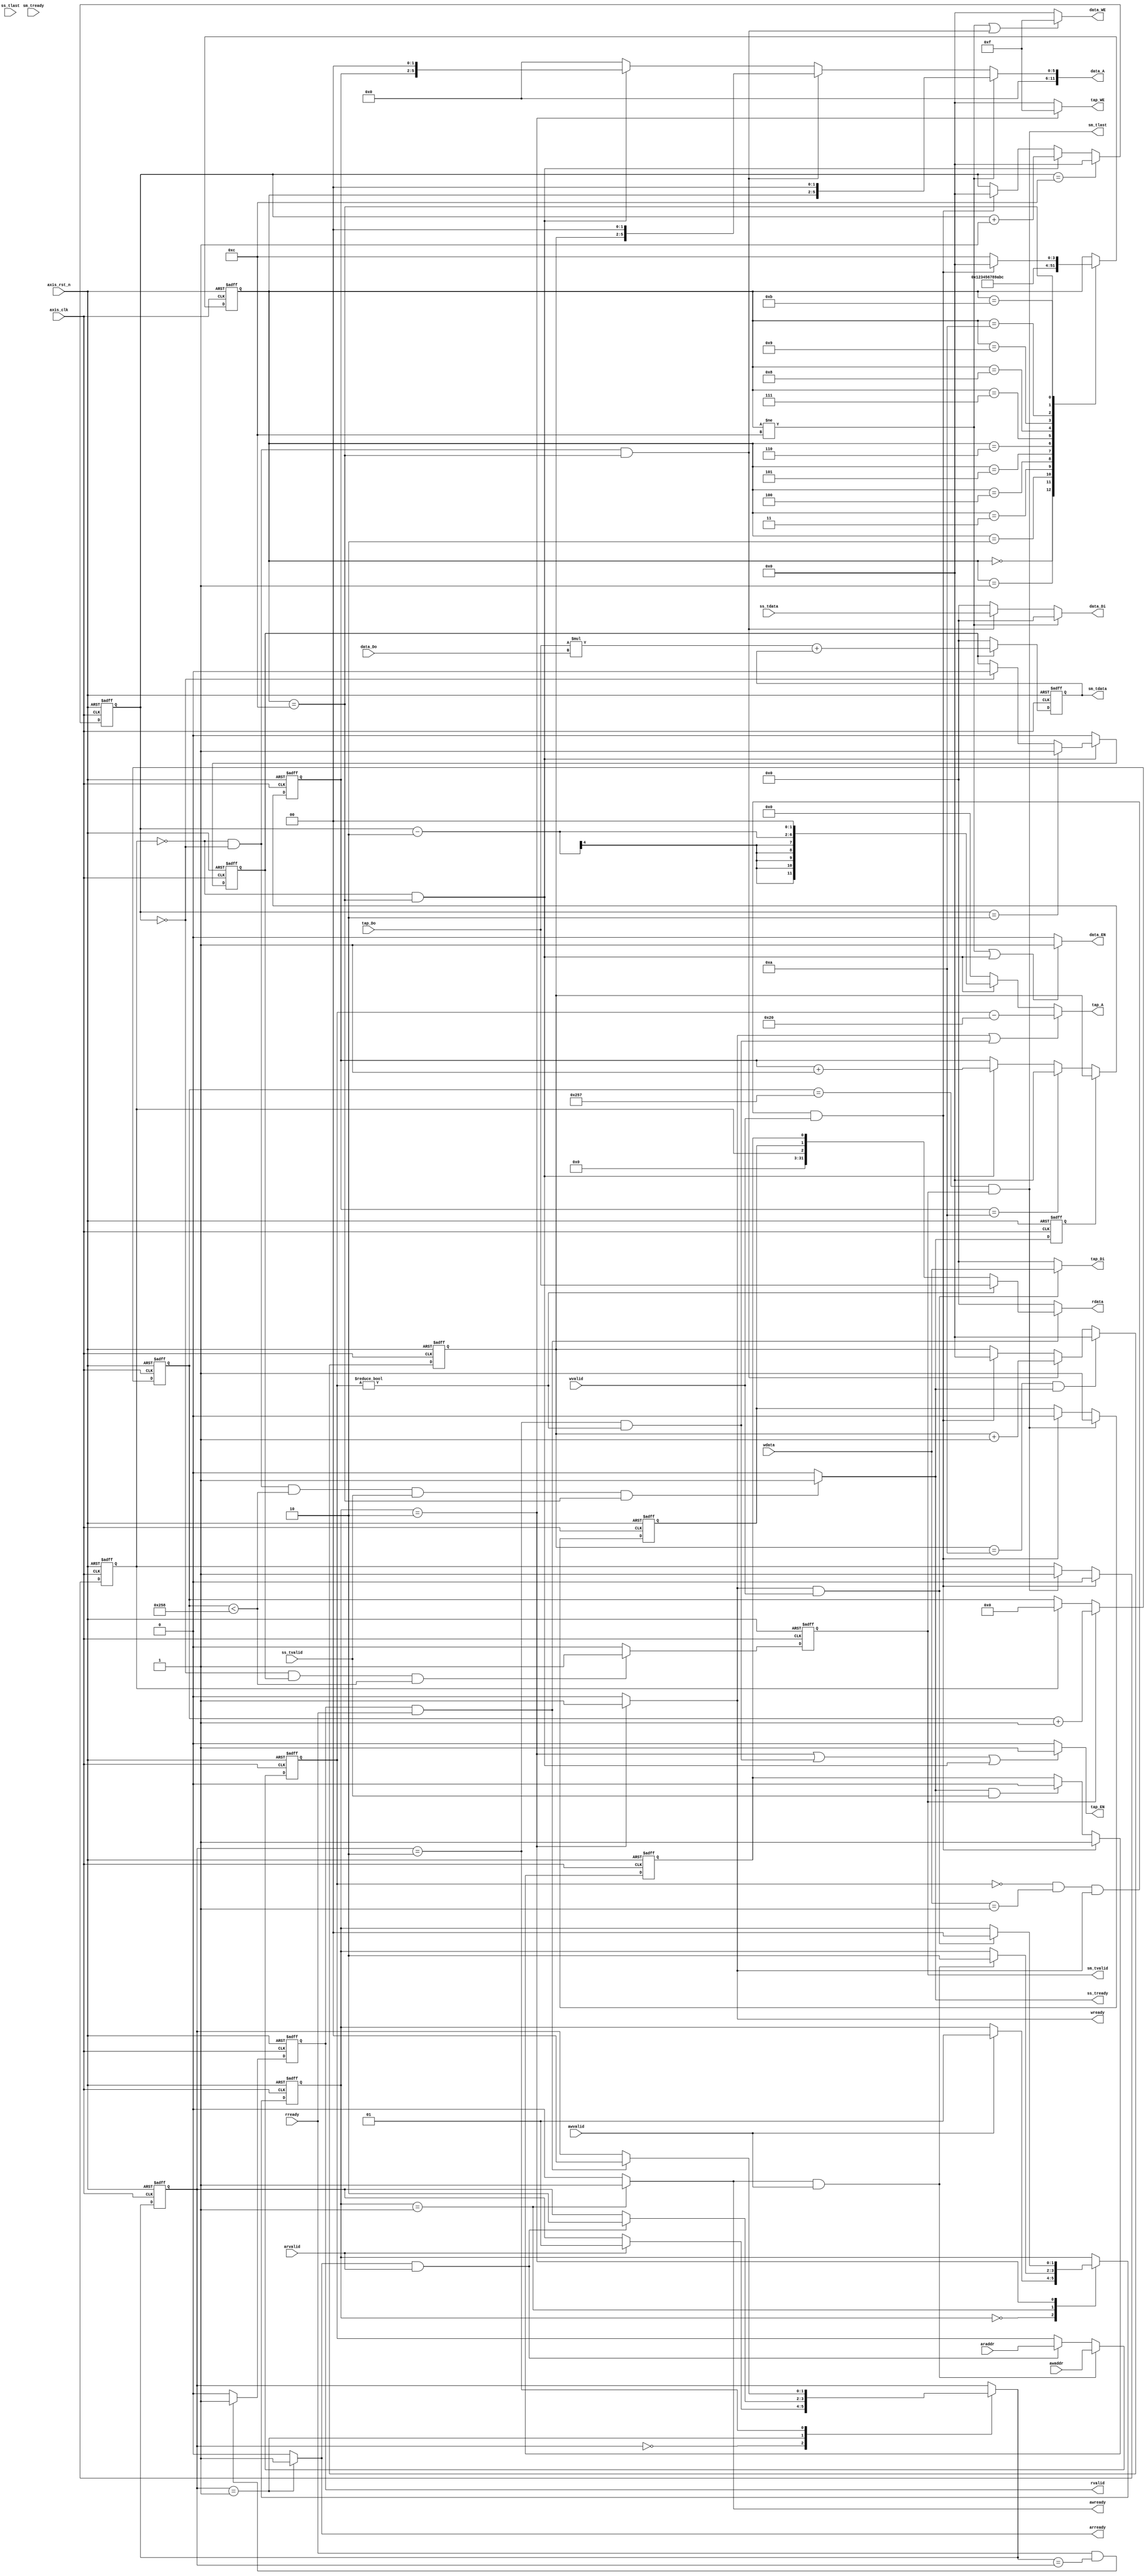
`timescale 1ns / 1ps

module fir 
#(  parameter pADDR_WIDTH = 12,
    parameter pDATA_WIDTH = 32,
    parameter Tape_Num    = 11
)
(
    // AXI-lite write
    output  reg                      awready,
    output  reg                      wready,
    input   wire                     awvalid,
    input   wire [(pADDR_WIDTH-1):0] awaddr,
    input   wire                     wvalid,
    input   wire [(pDATA_WIDTH-1):0] wdata,
	
	// AXI-lite read
    input   wire                     arvalid,
    output  reg                      arready,
    input   wire [(pADDR_WIDTH-1):0] araddr,
    output  reg                      rvalid,
    input   wire                     rready,
    output  reg  [(pDATA_WIDTH-1):0] rdata,    

    // AXI-stream -- input from testbench
    input   wire                     ss_tvalid, 
    input   wire [(pDATA_WIDTH-1):0] ss_tdata, 
    input   wire                     ss_tlast, 
    output  reg                      ss_tready, 

    // AXI-stream -- output to testbench
    input   wire                     sm_tready, 
    output  reg                      sm_tvalid, 
    output  reg  [(pDATA_WIDTH-1):0] sm_tdata, 
    output  reg                      sm_tlast, 
    
    // bram for tap RAM
    output  reg  [3:0]               tap_WE,
    output  reg                      tap_EN,
    output  reg  [(pDATA_WIDTH-1):0] tap_Di,
    output  reg  [(pADDR_WIDTH-1):0] tap_A,
    input   wire [(pDATA_WIDTH-1):0] tap_Do,

    // bram for data RAM
    output  reg  [3:0]               data_WE,
    output  reg                      data_EN,
    output  reg  [(pDATA_WIDTH-1):0] data_Di,
    output  reg  [(pADDR_WIDTH-1):0] data_A,
    input   wire [(pDATA_WIDTH-1):0] data_Do,

    input   wire                     axis_clk,
    input   wire                     axis_rst_n
);
// ===============================================
// variables declaratioin
// block level protocol
reg ap_start;
reg ap_idle;
reg ap_done;

reg [9:0] data_length;
reg [11:0] addrTap;

// for AXI-Lite control fsm
reg [1:0] axilr_c_state, axilr_n_state;
localparam  AXILR_IDLE   = 0,
            AXILR_A      = 1,
			AXILR_D		 = 2;

// axi write
reg [1:0] axilw_c_state, axilw_n_state;
localparam  AXILW_IDLE   = 0,
            AXILW_A      = 1,
			AXILW_D		 = 2;

// counter
reg [3:0] save_cnt_c, save_cnt_n;
reg [3:0] get_cnt_c, get_cnt_n;
reg [3:0] cnt_c, cnt_n;
reg [9:0] ans_cnt;

// for FIR calculate
reg ss_tready_d1;
reg signed [31:0] mac_c, mac_n;
reg signed [15:0] tap_Do_c, data_Do_c;
reg cal_valid;

// data bram reset
reg [3:0] dbr_c, dbr_n;
localparam 	DBR_0	= 0,
			DBR_1	= 1,
			DBR_2	= 2,
			DBR_3	= 3,
			DBR_4	= 4,
			DBR_5	= 5,
			DBR_6	= 6,
			DBR_7	= 7,
			DBR_8	= 8,
            DBR_9	= 9,
			DBR_10	= 10,
			DBR_11	= 11,
			DBR_IDLE= 12;
			
// ===============================================
// AXI-Lite FSM
always@(posedge axis_clk or negedge axis_rst_n) begin
	if(!axis_rst_n) begin
		axilr_c_state <= AXILR_IDLE;
		axilw_c_state <= AXILW_IDLE;
	end else begin
		axilr_c_state <= axilr_n_state;
		axilw_c_state <= axilw_n_state;
	end
end

always@(*) begin
	// default
	axilw_n_state = axilw_c_state;
	axilr_n_state = axilr_c_state;
	
	// write part
	case(axilw_c_state)
		AXILW_IDLE: if(awvalid == 1) 					axilw_n_state = AXILW_A;
		AXILW_A: 	if(awready == 1 && awvalid == 1)	axilw_n_state = AXILW_D;
		AXILW_D: 	if(wready == 1 && wvalid == 1)		axilw_n_state = AXILW_IDLE;
	endcase
	
	// read part
	case(axilr_c_state)
		AXILR_IDLE:	if(arvalid == 1)					axilr_n_state = AXILR_A;
		AXILR_A:	if(arready == 1 && arvalid == 1)	axilr_n_state = AXILR_D;
		AXILR_D:	if(rvalid == 1 && rready == 1)		axilr_n_state = AXILR_IDLE;
	endcase
end

// AXI-Lite write
always@(*) begin
	awready 	= (axilw_c_state == AXILW_A) ? 1 : 0;
	wready		= (axilw_c_state == AXILW_D) ? 1 : 0;
end

// AXI-Lite read
always@(*) begin
	arready 	= (axilr_c_state == AXILW_A) ? 1 : 0;
	
	// rdata
	if(rready == 1 && rvalid == 1) begin
		if(addrTap != 0) 	rdata = tap_Do;
		else				rdata = {29'b0, ap_idle, ap_done, ap_start};
	end
	else					rdata = 0;
end
always@(posedge axis_clk or negedge axis_rst_n) begin
	if(!axis_rst_n)		rvalid <= 0;
	else begin
		if(rready == 1 && axilr_n_state == axilr_c_state)	
						rvalid <= 1;
		else 			rvalid <= 0;
	end
end

// data_length
always@(posedge axis_clk or negedge axis_rst_n) begin
	if(!axis_rst_n)											data_length <= 0;
	else if(wready == 1 && wvalid == 1 && addrTap == 'h10)	data_length <= wdata;
	else													data_length <= data_length;
end

// tap bram
always@(posedge axis_clk or negedge axis_rst_n) begin
	if(!axis_rst_n) 							addrTap <= 0;
	else begin
		if(awready == 1 && awvalid == 1) 		addrTap <= awaddr;
		else if(arready == 1 && arvalid == 1)	addrTap <= araddr;
	end
end

always@(*) begin
	tap_WE = (axilw_c_state == AXILW_D)	? 4'b1111 : 4'b0000;
	
	tap_EN = ((axilw_c_state == AXILW_D)
			||(axilr_c_state == AXILR_D && addrTap != 0)
			||(ap_idle == 0 && dbr_c == DBR_IDLE)) ? 1 : 0;
			
	tap_Di = (wready == 1 && wvalid == 1) ? wdata : 0;
	
	// 'h20 is tap offset 
	if((wready == 1) || (axilr_c_state == AXILR_D && addrTap != 0))
											tap_A = addrTap - 'h20;
	else if(ap_idle == 0 && dbr_c == DBR_IDLE)
											tap_A = (cnt_c - 2) << 2;
	else									tap_A = 0;
end

// counter
always@(posedge axis_clk or negedge axis_rst_n) begin
	if(!axis_rst_n) begin
		save_cnt_c 	<= 0;
		get_cnt_c 	<= 0;
		cnt_c		<= 0;
		ans_cnt 	<= 0;
	end else begin
		save_cnt_c 	<= save_cnt_n;
		get_cnt_c 	<= get_cnt_n;
		cnt_c		<= cnt_n;
		
		// ans_cnt
		if(sm_tvalid == 1) 		ans_cnt <= ans_cnt + 1;
		else if(ap_idle == 1)	ans_cnt <= 0;
		else					ans_cnt <= ans_cnt;
					
	end
end

always@(*) begin
	// default
	save_cnt_n 	= save_cnt_c;
	get_cnt_n 	= get_cnt_c;
	cnt_n		= cnt_c;
	
	// cnt_n
	if(cnt_c == 12)							cnt_n = 0;
	else if(ap_idle == 0 && dbr_c == DBR_IDLE)
											cnt_n = cnt_c + 1;
	else if(addrTap == 0 && wdata == 1 && wready == 1 && wvalid == 1)		
											cnt_n = 0;
	
	// save_cnt_n
	if(save_cnt_c == 10 && ss_tready == 1)	save_cnt_n = 0;
	else if(ap_idle == 0 && cnt_c == 0 && dbr_c == DBR_IDLE)
											save_cnt_n = save_cnt_c + 1;
	else if(addrTap == 0 && wdata == 1 && wready == 1 && wvalid == 1)		
											save_cnt_n = 0;
	
	// get_cnt_n
	if(ss_tready_d1 == 1)					get_cnt_n = save_cnt_c;
	else if(get_cnt_c == 10)				get_cnt_n = 0;
	else if(ap_idle == 0 && dbr_c == DBR_IDLE)
											get_cnt_n = get_cnt_c + 1;
	
end

// AXI-Stream read
always@(*) begin
	ss_tready = (cnt_c == 0 && ap_idle == 0 && ans_cnt < 'd600 && ss_tvalid == 1 && dbr_c == DBR_IDLE) ? 1 : 0;
end
always@(posedge axis_clk or negedge axis_rst_n) begin
	if(!axis_rst_n) 	ss_tready_d1 <= 0;
	else 				ss_tready_d1 <= ss_tready;
end

// AXI-Stream write
always@(*) begin
	sm_tdata 	= mac_c;
	sm_tlast	= (ans_cnt == 'd599 && sm_tvalid == 1);	
end

always@(posedge axis_clk or negedge axis_rst_n) begin
	if(!axis_rst_n)		sm_tvalid <= 0;
	else if(cnt_c == 0 && cal_valid == 1 && ans_cnt < 'd600)
						sm_tvalid <= 1;
	else				sm_tvalid <= 0;						
end

// Data bram
always@(posedge axis_clk or negedge axis_rst_n) begin
	if(!axis_rst_n) 	dbr_c <= DBR_IDLE;
	else				dbr_c <= dbr_n;
end

always@(*) begin
	case(dbr_c)
		DBR_0	:	dbr_n = DBR_1	;
		DBR_1	:   dbr_n = DBR_2	;
		DBR_2	:   dbr_n = DBR_3	;
		DBR_3	:   dbr_n = DBR_4	;
		DBR_4	:   dbr_n = DBR_5	;
		DBR_5	:   dbr_n = DBR_6	;
		DBR_6	:   dbr_n = DBR_7	;
		DBR_7	:   dbr_n = DBR_8	;
		DBR_8	:   dbr_n = DBR_9	;
		DBR_9	:   dbr_n = DBR_10	;
		DBR_10	:   dbr_n = DBR_11	;
		DBR_11	:   dbr_n = DBR_IDLE;
		DBR_IDLE:	dbr_n = (addrTap == 0 && wdata == 1 && wready == 1 && wvalid == 1) ? DBR_0 : DBR_IDLE;
		default : 	dbr_n = dbr_c;
	endcase
end

always@(*) begin
	data_WE = ((dbr_c != DBR_IDLE) 
			|| (ap_idle == 0 && cnt_c == 0 && dbr_c == DBR_IDLE)) ? 4'b1111 : 4'b0000;
	
	data_EN = ((dbr_c != DBR_IDLE)
			|| (ap_idle == 0 && dbr_c == DBR_IDLE)) ? 1 : 0;
		
	// data_Di
	if(dbr_c != DBR_IDLE)					data_Di = 0;
	else if(ap_idle == 0 && cnt_c == 0 && dbr_c == DBR_IDLE)		
											data_Di = ss_tdata;
	else 									data_Di = 0;
	
	// 'h20 is tap offset 
	if(dbr_c != DBR_IDLE)					data_A = dbr_c << 2;
	else if(ap_idle == 0 && cnt_c == 0 && dbr_c == DBR_IDLE)
											data_A = save_cnt_c << 2;
	else if(ap_idle == 0 && dbr_c == DBR_IDLE)
											data_A = get_cnt_c << 2;
	else									data_A = 0;
	
end

// multiply and accumulate
always@(posedge axis_clk or negedge axis_rst_n) begin
	if(!axis_rst_n)	mac_c <= 0;
	else			mac_c <= mac_n;
end

// cal_valid flag
always@(posedge axis_clk or negedge axis_rst_n) begin
	if(!axis_rst_n) begin
		cal_valid <= 0;
	end else begin
		if(ap_idle == 0 && dbr_c == DBR_IDLE) begin
			if(cnt_c == 2)		cal_valid <= 1;
			else if(cnt_c == 0)	cal_valid <= 0;
			else 				cal_valid <= cal_valid;
		end
		else 					cal_valid <= 0;
	end
end

always@(*) begin
	tap_Do_c 	= tap_Do;
	data_Do_c 	= data_Do;
	
	if(cal_valid) 	mac_n = (tap_Do * data_Do) + mac_c;
	else			mac_n = 0;
end

// ap_start
always@(posedge axis_clk or negedge axis_rst_n) begin
	if(!axis_rst_n) begin
		ap_start 	<= 0;
	end else begin
		if(addrTap == 0 && wdata == 1 && wready == 1 && wvalid == 1) begin
			ap_start <= 1;
		end
		else if(ss_tready == 1 && ss_tvalid == 1) begin
			ap_start <= 0;
		end
	end
end

// ap_idle
always@(posedge axis_clk or negedge axis_rst_n) begin
	if(!axis_rst_n) begin
		ap_idle	<= 1;
	end else begin
		if(addrTap == 0 && wdata == 1 && wready == 1 && wvalid == 1)	
										ap_idle <= 0;
		else if(sm_tlast == 1) 			ap_idle <= 1;
	end
end

// ap_done
always@(posedge axis_clk or negedge axis_rst_n) begin
	if(!axis_rst_n) begin
		ap_done		<= 0;
	end else begin
		if(sm_tlast == 1)		ap_done <= 1;
		else if(addrTap == 0 && wdata == 1 && wready == 1 && wvalid == 1) 	
								ap_done <= 0;
	end
end
endmodule